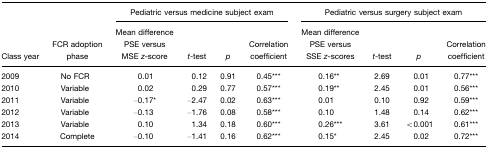
|  |  | <COLSPAN=4> Pediatric versus medicine subject exam | <COLSPAN=4> Pediatric versus surgery subject exam |
 | Class year | FCR adoption phase | Mean difference PSE versus MSE z-score | t-test | p | Correlation coefficient | Mean difference PSE versus SSE z-scores | t-test | p | Correlation coefficient |
 | --- | --- | --- | --- | --- | --- | --- | --- | --- | --- |
 | 2009 | No FCR | 0.01 | 0.12 | 0.91 | 0.45*** | 0.16** | 2.69 | 0.01 | 0.77*** |
 | 2010 | Variable | 0.02 | 0.29 | 0.77 | 0.57*** | 0.19** | 2.45 | 0.01 | 0.56*** |
 | 2011 | Variable | –0.17* | –2.47 | 0.02 | 0.63*** | 0.01 | 0.10 | 0.92 | 0.59*** |
 | 2012 | Variable | –0.13 | –1.76 | 0.08 | 0.58*** | 0.10 | 1.48 | 0.14 | 0.62*** |
 | 2013 | Variable | 0.10 | 1.34 | 0.18 | 0.60*** | 0.26*** | 3.61 | <0.001 | 0.61*** |
 | 2014 | Complete | –0.10 | –1.41 | 0.16 | 0.62*** | 0.15* | 2.45 | 0.02 | 0.72*** |